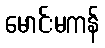
မောင်းမကန်